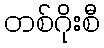
တစ်ဂိုးစီ